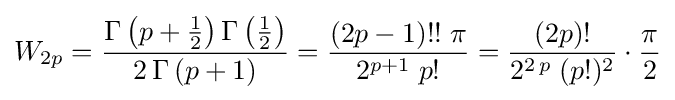
W_{2p}={\frac {\Gamma \left(p+{\frac {1}{2}}\right)\Gamma \left({\frac {1}{2}}\right)}{2\,\Gamma \left(p+1\right)}}={\frac {(2p-1)!!\;\pi }{2^{p+1}\;p!}}={\frac {(2p)!}{2^{2\,p}\;(p!)^{2}}}\cdot {\frac {\pi }{2}}